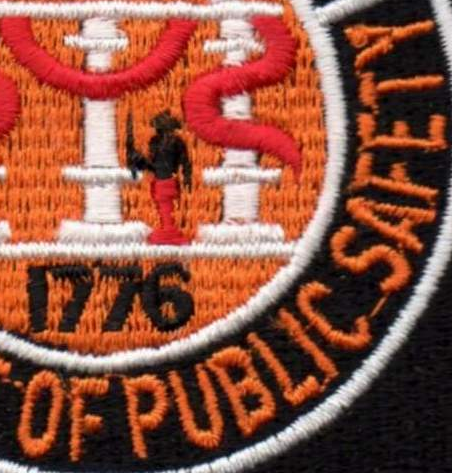
OF PUBLIC SAFETY